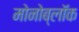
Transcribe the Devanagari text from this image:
मोनोब्लॉक